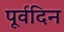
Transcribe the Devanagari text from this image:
पूर्वदिन